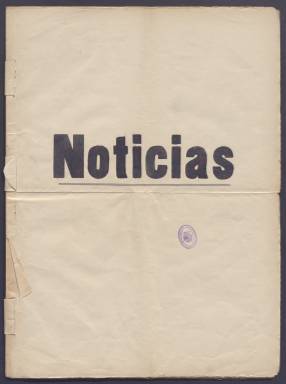
Título: Noticias (Zaragoza. 1930)
Colección: Periódicos
Ámbito geográfico: Zaragoza
Lugar de publicación: Zaragoza
Fechas: 21/06/1930-11/10/1930